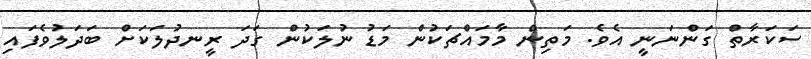
ސަކަރާތް ގަންނަނީ އެވެ. މަތިން މާމައްޗަކުން މަޑު ނުލަކުން ގަދަ ރީނދުލަކަށް ބަދަލުވެފައި